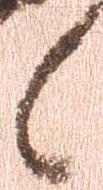
候